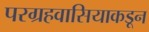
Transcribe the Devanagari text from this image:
परग्रहवासियाकडून